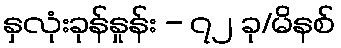
နှလုံးခုန်နှုန်း - ၇၂ ခု/မိနစ်